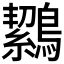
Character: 𪅸